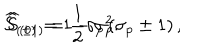
\widehat { S } _ { ( \pm 1 ) } = \frac 1 2 \sigma _ { p } \left( \sigma _ { p } \pm 1 \right) , \hspace { 0 . 5 i n } \widehat { S } _ { ( 0 ) } = 1 - \sigma _ { p } ^ { 2 } .